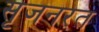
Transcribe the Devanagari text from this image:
सृजनरत